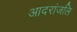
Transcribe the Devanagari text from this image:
आदरांजलि